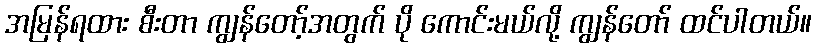
အမြန်ရထား စီးတာ ကျွန်တော့်အတွက် ပို ကောင်းမယ်လို့ ကျွန်တော် ထင်ပါတယ်။